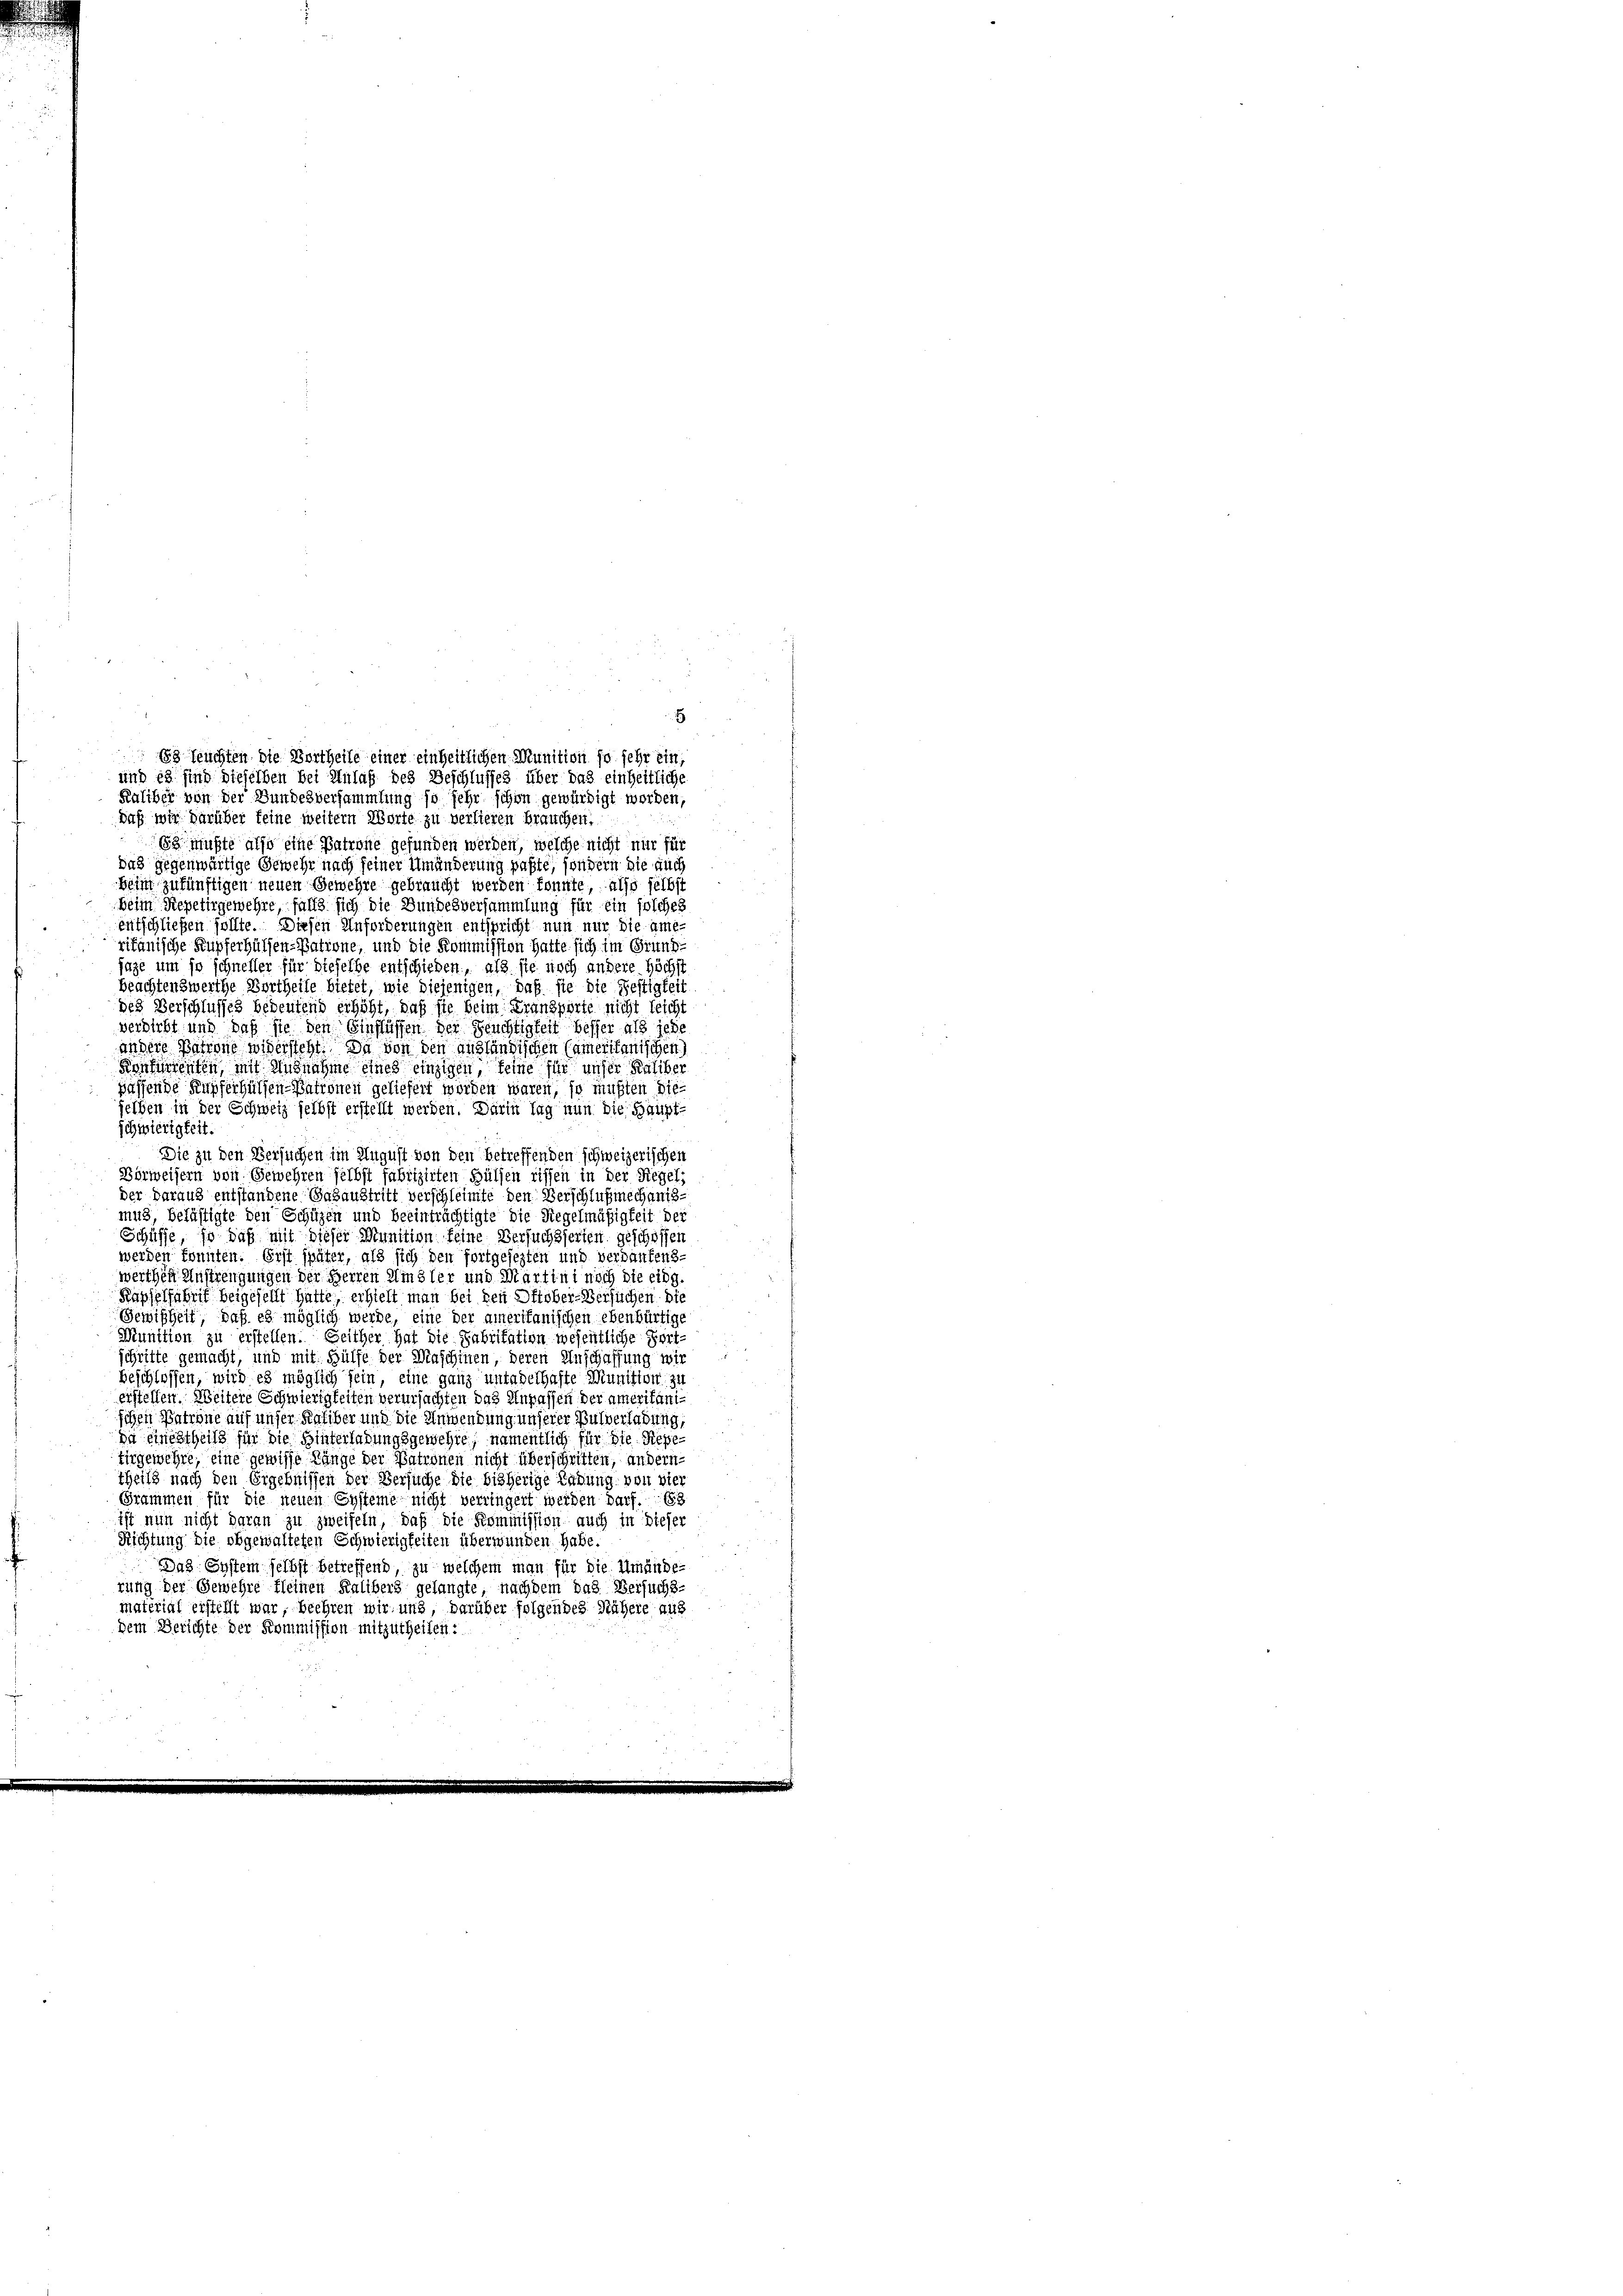
Raliber von der Bundesversammlung so sehr schon gewürdigt worden,
Daß wir darüber keine weitern Worte zu verlieren brauchen.
Es mußte also eine Patrone gefunden werden, welche nicht nur für
das gegenwärtige Gewehr nach seiner Umänderung paßte, sondern die auch
Beim zukünftigen neuen Gewehre gebraucht werden konnte, also selbst
beim Repetirgewehre, falls sich die Bundesversammlung für ein solches
entschließen sollte. Diesen Anforderungen entspricht nun nur die ameritanische Kupferhülfen-Satione, und die Kommission hatte sich im Grund-
juge um so schneller für dieselbe entschieden, als sie noch andere Höchst
Beachtenswerthe Bertheile bietet, wie diejenigen, daß sie die Festigkeit
des Verschlusses bedeutend erhöht, daß sie beim Transporte nicht leicht
verwirbt und daß sie den Einflüssen der Deuchtigkeit besser als jede
andere Patrone widersteht. Du von den ausländischen Cameritanischen
Konferenten, mit Ausnahme eines einzigen, seine für unser Kaliber
passende Kupferhülfen-Patronen geliefert worden waren, so müßten dieselben in der Schweiz selbst erstellt werden. Darin lag nun die Hauptschwierigkeit.
Die zu den Versuchen im August von den betreffenden schweizerischen
Bürweisern von Gewehren selbst fabrizirten Hülsen riffen in der Siegel;
der daraus entstandene Gasaustritt verschleimte den Verschlußmechanis-
mus, belästigte den Schüzen und beeinträchtigte die Regelmäßigkeit der
Schiffe, so daß mit dieser Munition feine Versuchsserien geschoffen
werden konnten. Erst später, als sich den fortgesezten und verdankens-
werthen Anstrengungen der Herren Umsler und Martini noch die eidg.
Kapselfabrik beigesellt hatte, erhielt man bei den Oktober-Versuchen die
Gewißheit, daß es möglich werde, eine der amerikanischen ebenbürtige
Munition zu erstellen. Seither hat die Fabrikation wesentliche Fort-
schritte gemacht, und mit Hülfe der Maschinen, deren Anschaffung wir
beschlossen, wird es möglich sein, eine ganz untadelhafte Munition zu
erstellen. Weitere Schwierigkeiten verursachten das Anpassen der amerikani-
schen Patrone auf unser Kaliber und die Anwendung unserer Pulverladung,
Da einestheils für die Hinterladungsgewehre, namentlich für die Repeturgewehre, eine gewisse Länge der Patronen nicht überschritten, andern
theils nach den Ergebnissen der Versuche die bisherige Ladung von vier
Grammen für die neuen Systeme nicht verringert werden darf. 183
ist nun nicht daran zu zweifeln, daß die Kommission auch in dieser
Richtung die obgewalteten Schwierigkeiten überwunden habe.
Das Eystem selbst betreffend, zu welchem man für die Umände
rung der Gewehre fleinen Kalibers gelangte, nachdem das Versuchs-
material erstellt war, beehren wir und, darüber folgendes Nähere aus
Dem Berichte der Kommission mitzutheilen:

5
83 feuchten die Vortheile einer einheitlichen Munition so sehr ein
und es sind dieselben bei Anlaß des Beschlusses über das einheitliche